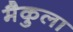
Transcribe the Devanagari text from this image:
मैकुला